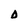
Character: D